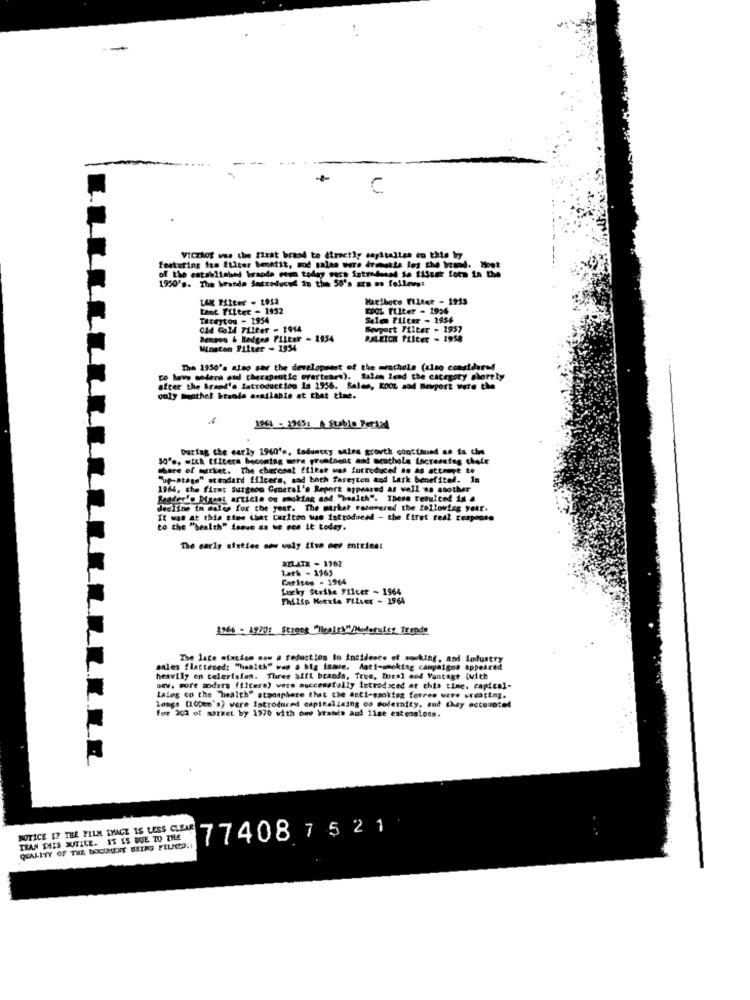
--
VICZAOS ww. che firat brash to directly sagitaltea in this by
featuring ium filter bettit, mod galan were drmmekte les the brand. Hout
1950's. The branda jasreduced in the 50's azn as follows:
Harthors Filter - 1915
Lenc Tilter - 1932
COOL Tilter - 1926
Tareytou - 1954
Salem Filter - 1956
Old Gold Filter - 1914
Sevport Filter - 1957
Benson & Redges Filter - 1954
PALEICK Filter - 1958
Winston Filter - 1934
The 1950's also saw the developwest of the =rachels (also ccasidered
co have madera and therapeutic evertonrs). Salam lead the category shortly
after the Brand's introduction is 1956. Sales, KOOL sod Bevport were the
only mathel brande available at that time.
1961 - 13651 A Stable Per124
During the carly 1960's, Laduntty sales growth continued as tu cine
50's, with EfIters becoming more prontaent and menthole Lacrasafeg chate
chare of market. The charcoal filter was futreduced in 46 attmange to
"ue-stage" standard filters, sad both farejten and lark benefited. la
1964, che first surgeon General's Report appeared as well as another
Reader's Digest article on smoking cod "health". These resulted is a
decline in males for the year. The market recovered the following year.
It was at this time that carlton was introduced - the first real response
to the "health" tanve as we see it today.
The early sixties sou valy fiva dev entries:
aPLATZ - 1962
Lark - 1965
CarIses = 1964
Lucky Strike Fficer - 1964
Philip Herria TILver - 1964
The lace mixciem saw a reduction in incidence of socking, and industry
anles flattened: "health" was a big isaure, Anti-smoking campaigns appeared
heavily en television. Three Wifi brands, True, moral and Vantage (with
oev. more modera filters) were successfully introduced at chia time, capical-
Istog co the "health" atmosphere that the anti-smoking forres were creating.
longs (100mm's) were Introduced ospitallaing oa modernity, and they accounted
for 202 of warket by 1970 with om brands and 11se extensions.
NOTICE 17 THE FILM IMAGE IS LESS CLEAR
774087521
IRAN THIS WITILE. IT IS DUE TO THE
QUALITY OF THE DOCUMENT BEING PLUND.I